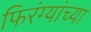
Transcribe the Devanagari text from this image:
फिरंग्यांच्या